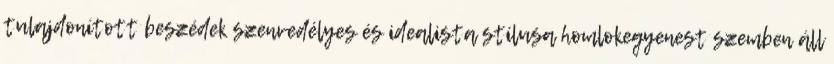
tulajdonított beszédek szenvedélyes és idealista stílusa homlokegyenest szemben áll